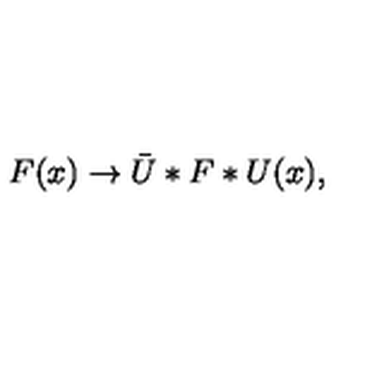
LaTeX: F ( x ) \to \bar { U } * F * U ( x ) ,